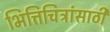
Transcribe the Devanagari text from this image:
भित्तिचित्रांसाठी